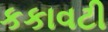
કકાવટી